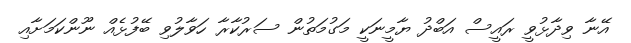
އޭނާ ވިދާޅުވީ ރައީސް އަބްދު ޔާމީނަކީ މަގުމަތުން ސަރުކާރާ ހަވާލުވި ބޭފުޅެއް ނޫންކަމަށާއި